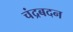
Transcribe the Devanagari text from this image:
चंद्रबदन